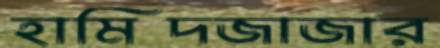
হামিদজাজার